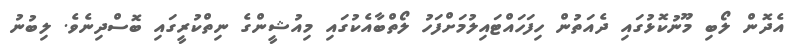
އެދޮން ލޯބި މޫނުކޮޅުގައި ދެއަތުން ހިފަހައްޓައިލުމަށްފަހު ލޯތްބާއެކުގައި މިއުޝީންގެ ނިތްކުރީގައި ބޮސްދިނެވެ. ލިބުނު